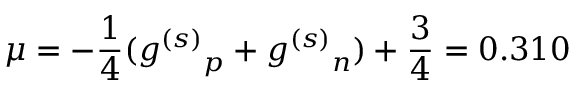
\mu = - { \frac { 1 } { 4 } } ( { g ^ { ( s ) } } _ { p } + { g ^ { ( s ) } } _ { n } ) + { \frac { 3 } { 4 } } = 0 . 3 1 0